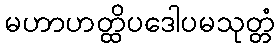
မဟာဟတ္ထိပဒေါပမသုတ္တံ